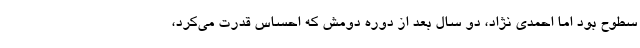
سطوح بود اما احمدی نژاد، دو سال بعد از دوره دومش که احساس قدرت می‌کرد،